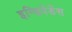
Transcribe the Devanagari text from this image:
इन्डिपेंडेंस